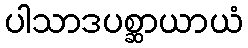
ပါသာဒပစ္ဆာယာယံ